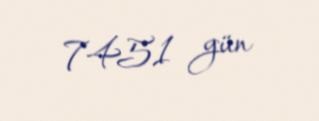
7451 gün